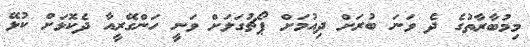
މިމުބާރާތުގެ ދެ ވަނަ ބުރަށް ދިއުމަށް ޕޯޗުގަލަށް ވަނީ ހަންގޭރީއާ ދެކޮޅަށް ކުޅޭ